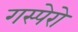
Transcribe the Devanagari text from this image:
गस्पेरो